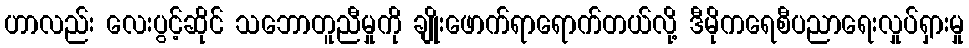
ဟာလည်း လေးပွင့်ဆိုင် သဘောတူညီမှုကို ချိုးဖောက်ရာရောက်တယ်လို့ ဒီမိုကရေစီပညာရေးလှုပ်ရှားမှု